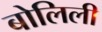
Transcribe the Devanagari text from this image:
बोलिली